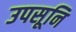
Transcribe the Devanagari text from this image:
उपसूनि